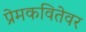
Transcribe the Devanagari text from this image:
प्रेमकवितेवर